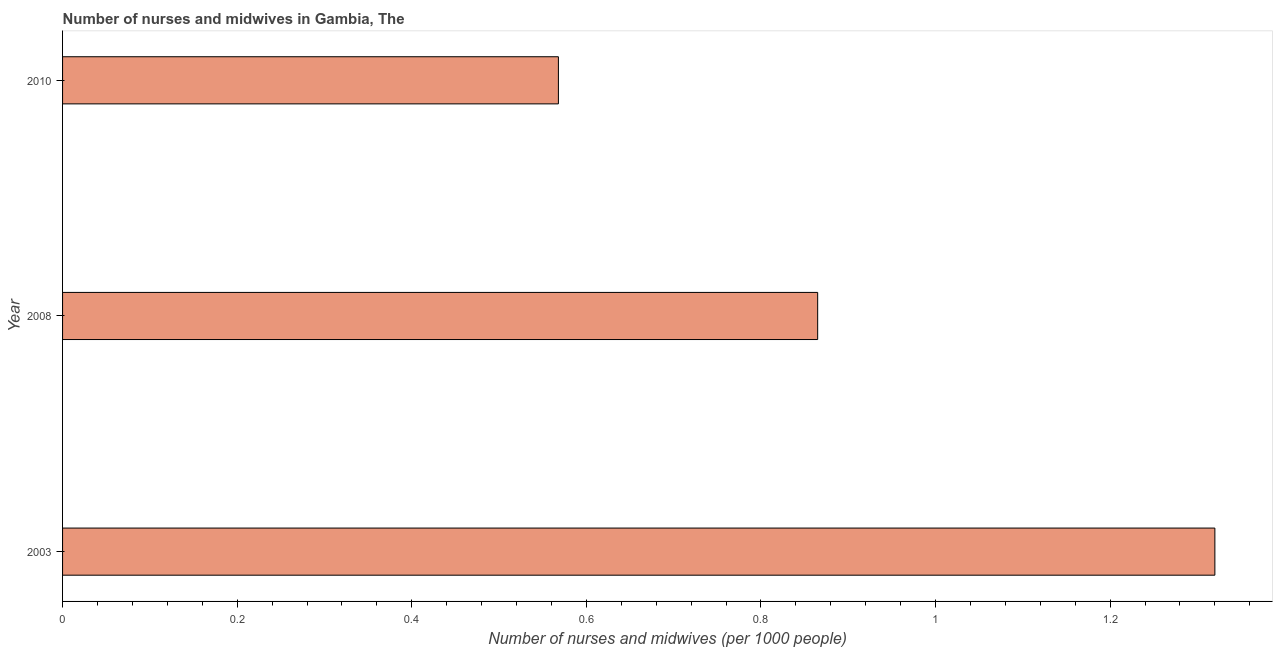
| Year | Nurses and midwives |
 | --- | --- |
 | 2003 | 1.32 |
 | 2008 | 0.865 |
 | 2010 | 0.568 |